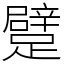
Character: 躄